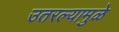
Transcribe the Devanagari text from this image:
उतरल्यामुळे